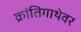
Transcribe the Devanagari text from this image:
क्रांतिगाथेवर